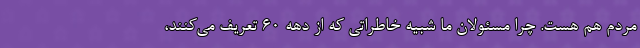
مردم هم هست. چرا مسئولان ما شبیه خاطراتی که از دهه 60 تعریف می‌کنند،